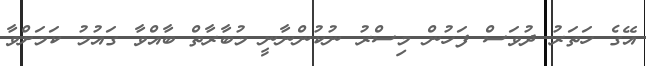
އޭގެ ހަތަރު ދުވަސް ފަހުން މިސްރު ނުކުންނާނީ މުބާރާތް ބާއްވާ ގައުމު ކަމަށްވާ